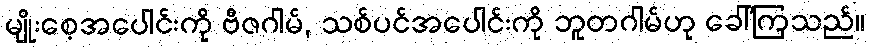
မျိုးစေ့အပေါင်းကို ဗီဇဂါမ်, သစ်ပင်အပေါင်းကို ဘူတဂါမ်ဟု ခေါ်ကြသည်။